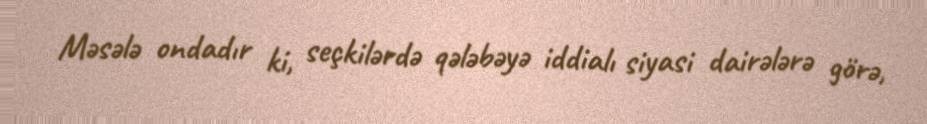
Məsələ ondadır ki, seçkilərdə qələbəyə iddialı siyasi dairələrə görə,